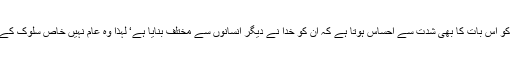
ایسے لوگوں کو اس بات کا بھی شدت سے احساس ہوتا ہے کہ ان کو خدا نے دیگر انسانوں سے مختلف بنایا ہے‘ لہٰذا وہ عام نہیں خاص سلوک کے مستحق ہیں۔